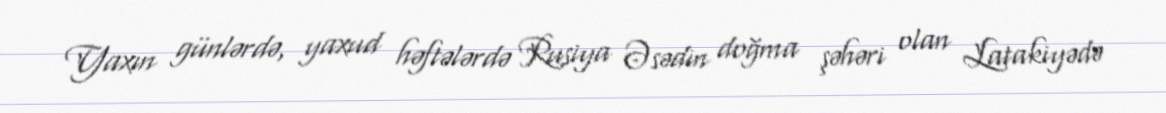
Yaxın günlərdə, yaxud həftələrdə Rusiya Əsədin doğma şəhəri olan Latakiyədə